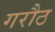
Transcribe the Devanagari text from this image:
गरौठ